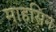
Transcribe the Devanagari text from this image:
माहसिन